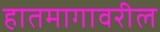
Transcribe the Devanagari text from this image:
हातमागावरील